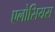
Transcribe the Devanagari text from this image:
एलोसियस